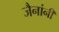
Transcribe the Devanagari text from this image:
जैनांनी